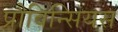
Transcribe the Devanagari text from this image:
प्रौविन्सियस